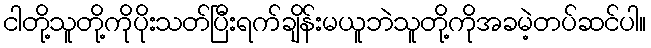
ငါတို့သူတို့ကိုပိုးသတ်ပြီးရက်ချိန်းမယူဘဲသူတို့ကိုအခမဲ့တပ်ဆင်ပါ။